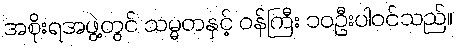
အစိုးရအဖွဲ့တွင် သမ္မတနှင့် ဝန်ကြီး ၁၀ဦးပါဝင်သည်။